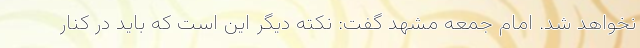
نخواهد شد. امام جمعه مشهد گفت: نکته دیگر این است که باید در کنار